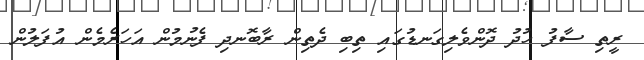
ރީތި ސާފު ހުދު ދޮންވެލިގަނޑުގައި ތިބި ދެތިން ރާބޮނދި ފެނުމުން އަހަރެމެން އުފަލުން